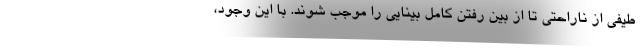
طیفی از ناراحتی تا از بین رفتن کامل بینایی را موجب شوند. با این وجود،